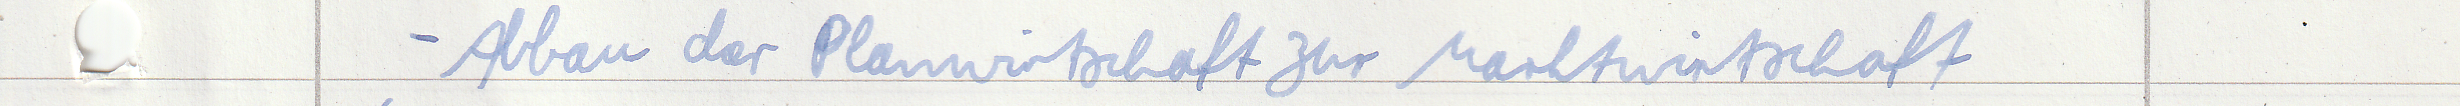
- Abbau der Planwirtschaft zur Marktwirtschaft